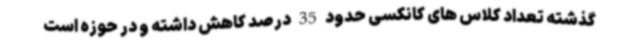
گذشته تعداد کلاس های کانکسی حدود 35 درصد کاهش داشته و در حوزه است